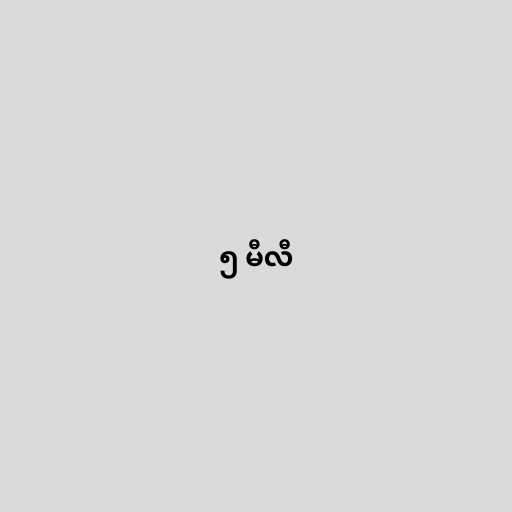
၅ မီလီ